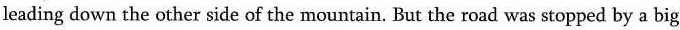
leading down the other side of the mountain. But the road was stopped by a big